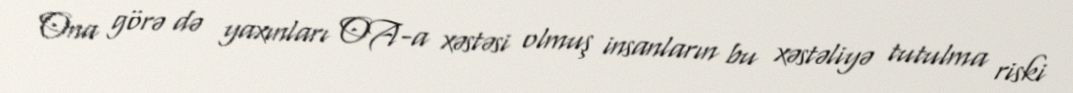
Ona görə də yaxınları OA-a xəstəsi olmuş insanların bu xəstəliyə tutulma riski